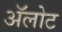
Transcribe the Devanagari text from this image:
अॅलोट